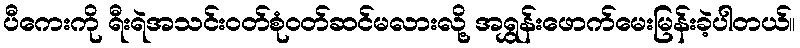
ပီကေးကို ရီးရဲအသင်းဝတ်စုံဝတ်ဆင်မလားလို့ အရွှန်းဖောက်မေးမြန်းခဲ့ပါတယ်။